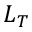
L _ { T }